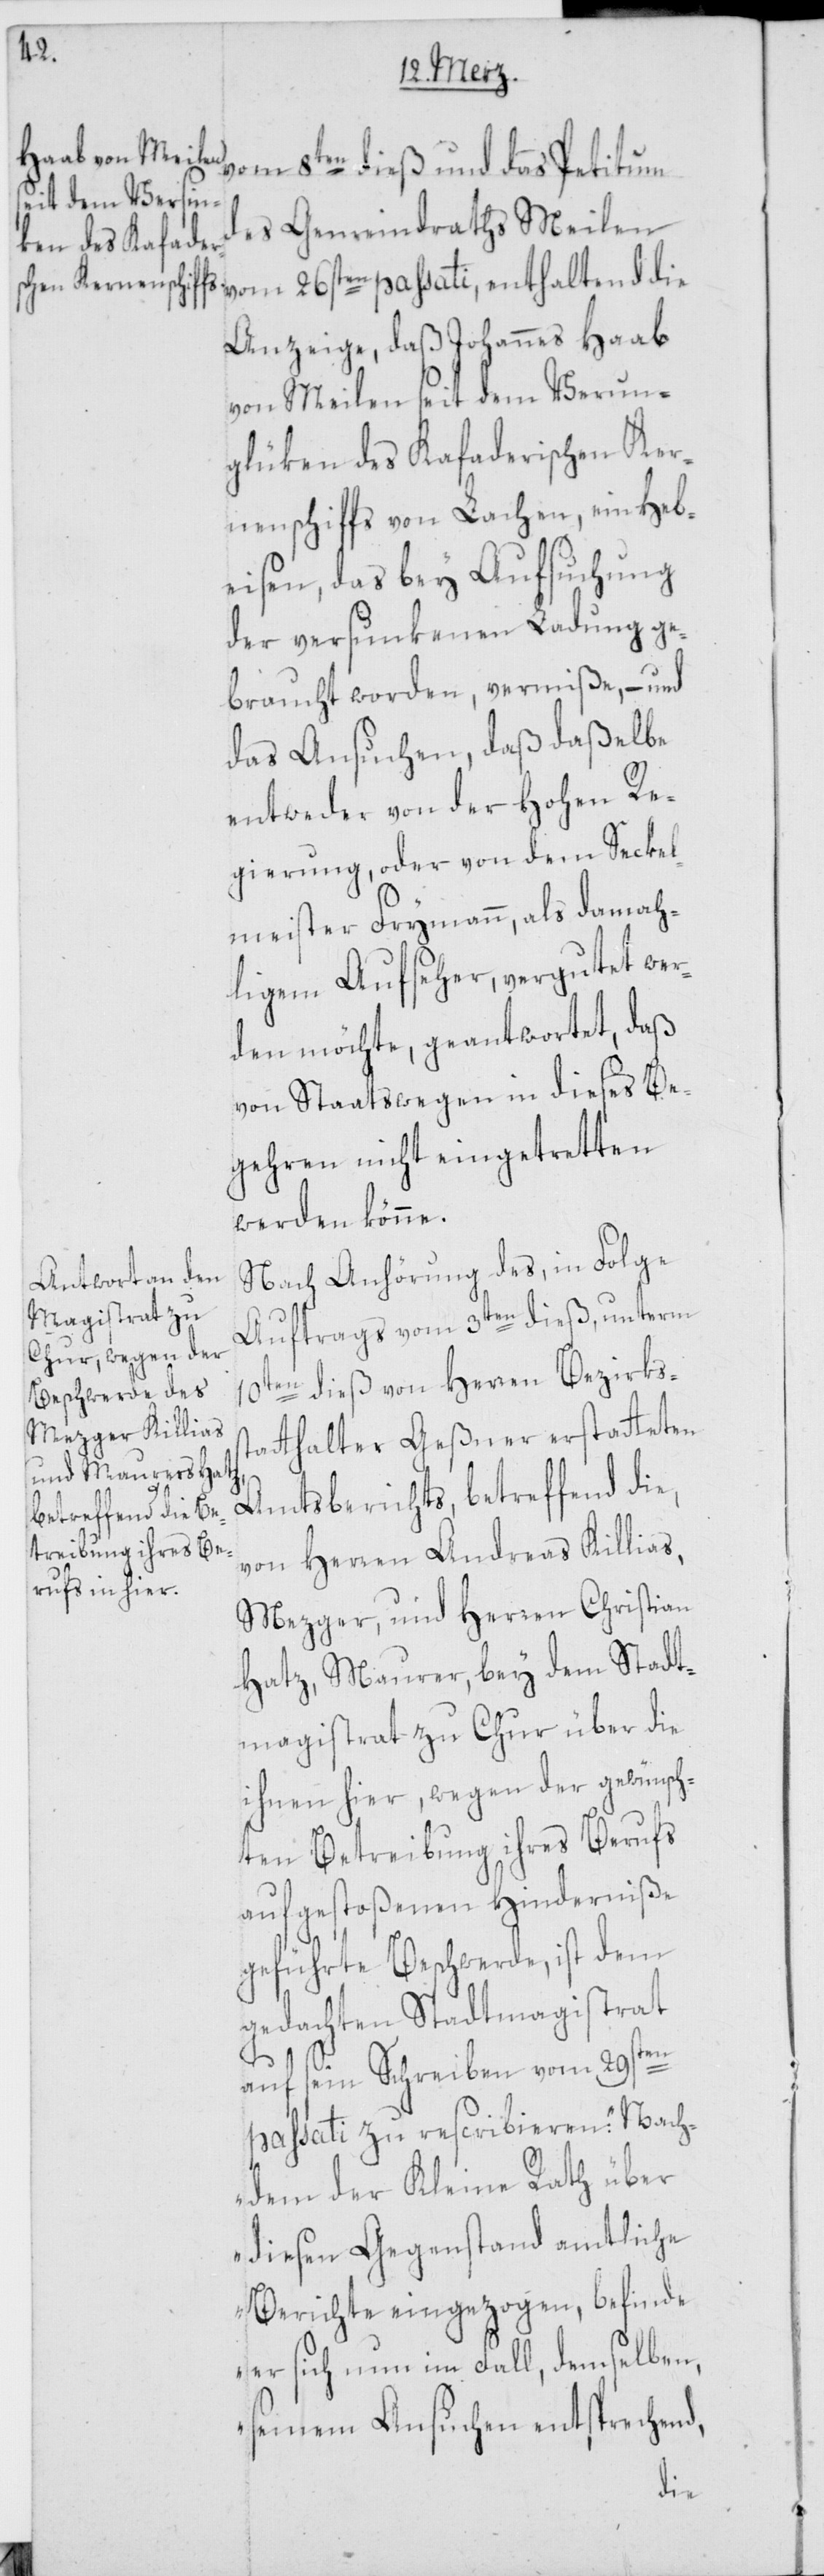
vom 8ten dieß und das Petitum
des Gemeindraths Meilen
Anzeige, daß Johannes Haab
von Meilen seit dem Verun¬
glüken des Kafaderischen Ker¬
nenschiffs von Lachen, ein Heb¬
eisen, das bey Aufsuchung
der versunkenen Ladung ge¬
braucht worden, vermiße, – und
das Ansuchen, daß daßelbe
entweder von der Hohen Re¬
gierung, oder von dem Seckel¬
meister Frymann, als damah¬
ligem Aufseher, vergutet wer¬
den möchte, geantwortet, daß
von Staatswegen in dieses Be¬
gehren nicht eingetretten
werden könne.
Nach Anhörung des, in Folge
Auftrags vom 3ten dieß, unterm
10ten dieß von Herren Bezirkss¬
tatthalter Geßner erstatteten
Amtsberichts, betreffend die,
von Herren Andreas Killias,
Mezger, und Herren Christian
Hatz, Maurer, bey dem Stadt¬
magistrat zu Chur über die
ihnen hier, wegen der gewünsch¬
ten Betreibung ihres Berufs
aufgestoßenen Hinderniße
geführte Beschwerde, ist dem
gedachten Stadtmagistrat
auf sein Schreiben vom 29sten
passati zu rescribieren: „Nach¬
dem der Kleine Rath über
diesen Gegenstand amtliche
Berichte eingezogen, befinde
er sich nun im Fall, demselben,
seinem Ansuchen entsprechend,
die